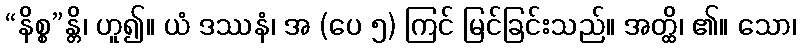
“နိစ္စ”န္တိ၊ ဟူ၍။ ယံ ဒဿနံ၊ အ (ပေ ၅) ကြင် မြင်ခြင်းသည်။ အတ္ထိ၊ ၏။ သော၊